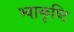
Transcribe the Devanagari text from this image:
भ्वाकृष्टि